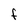
Character: F